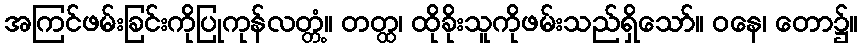
အကြင်ဖမ်းခြင်းကိုပြုကုန်လတ္တံ့။ တတ္ထ၊ ထိုခိုးသူကိုဖမ်းသည်ရှိသော်။ ဝနေ၊ တော၌။